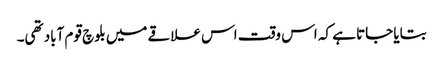
بتایا جاتا ہے کہ اس وقت اس علاقے میں بلوچ قوم آباد تھی۔